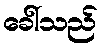
ခေါ်သည်